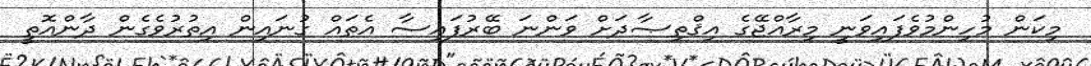
މިކަން މުހިންމުވެފައިވަނީ މިރާއްޖޭގެ އިޤްތިޞާދަށް ވަންނަ ބޭރުފައިސާ އެތައް ގުނައިން އިތުރުވެގެން ދާންއޮތީ